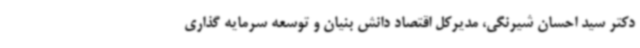
دکتر سید احسان شیرنگی، مدیرکل اقتصاد دانش بنیان و توسعه سرمایه گذاری